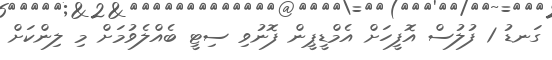
ގަނޑު 1 ފުލުސް އޮފީހަށް އެމްޑީޕީން ފޮނުވި ސިޓީ ބެއްލެވުމަށް މި ލިންކަށް